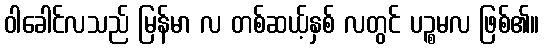
ဝါခေါင်လသည် မြန်မာ လ တစ်ဆယ့်နှစ် လတွင် ပဉ္စမလ ဖြစ်၏။